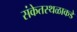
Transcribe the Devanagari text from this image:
संकेतस्थळाकडे